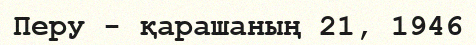
Перу - қарашаның 21, 1946